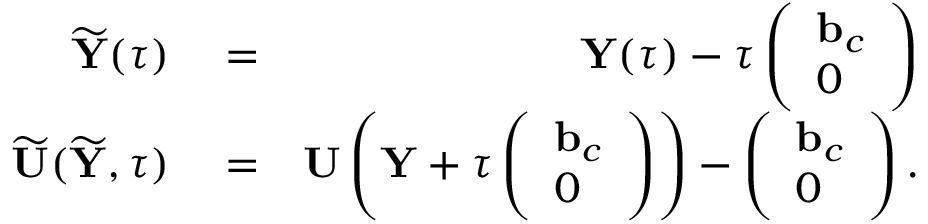
\begin{array} { r l r } { \widetilde { { \mathbf Y } } ( \tau ) } & { { } = } & { { \mathbf Y } ( \tau ) - \tau \left( \begin{array} { l } { { \mathbf b } _ { c } } \\ { 0 } \end{array} \right) } \\ { \widetilde { { \mathbf U } } ( \widetilde { { \mathbf Y } } , \tau ) } & { { } = } & { { \mathbf U } \left( { \mathbf Y } + \tau \left( \begin{array} { l } { { \mathbf b } _ { c } } \\ { 0 } \end{array} \right) \right) - \left( \begin{array} { l } { { \mathbf b } _ { c } } \\ { 0 } \end{array} \right) . } \end{array}